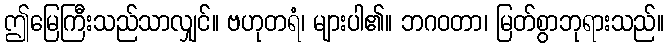
ဤမြေကြီးသည်သာလျှင်။ ဗဟုတရံ၊ များပါ၏။ ဘဂဝတာ၊ မြတ်စွာဘုရားသည်။